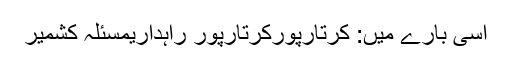
اسی بارے میں: کرتارپورکرتارپور راہداریمسئلہ کشمیر